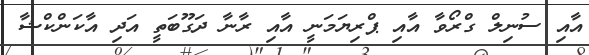
އާއި ސުނިލް ގްރޯވާ އާއި ޕްރިޔަމަނީ އާއި ރާނާ ދަގޫބަތީ އަދި އާކަންކްޝާ